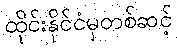
ထိုင်းနိုင်ငံမှတစ်ဆင့်